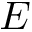
E